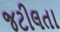
જટીલતા